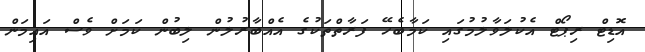
އޮޑިޓް ރިޕޯޓް އެކުލަވާލުމުގައި ކަމާބެހޭ ފަރާތްތަކުގެ އެއްބާރުލުން ލިބުން ކަމަށް ވެސް އައިމަން